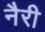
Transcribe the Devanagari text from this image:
नैरी